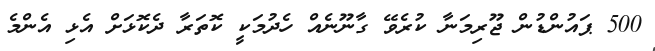
500 ޕައުންޑުން ޖޫރިމަނާ ކުރެވޭ ގާނޫނެއް ހެދުމަކީ ކޮތަރާ ދެކޮޅަށް އެޅި އެންމެ